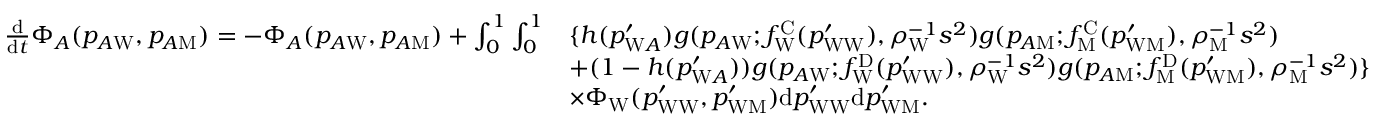
\begin{array} { r l } { \frac { \mathrm { d } } { \mathrm { d } t } \Phi _ { A } ( p _ { A \mathrm { W } } , p _ { A \mathrm { M } } ) = - \Phi _ { A } ( p _ { A \mathrm { W } } , p _ { A \mathrm { M } } ) + \int _ { 0 } ^ { 1 } \int _ { 0 } ^ { 1 } } & { \{ h ( p _ { \mathrm { W } A } ^ { \prime } ) g ( p _ { A \mathrm { W } } ; f _ { \mathrm { W } } ^ { \mathrm { C } } ( p _ { \mathrm { W W } } ^ { \prime } ) , \rho _ { \mathrm { W } } ^ { - 1 } s ^ { 2 } ) g ( p _ { A \mathrm { M } } ; f _ { \mathrm { M } } ^ { \mathrm { C } } ( p _ { \mathrm { W M } } ^ { \prime } ) , \rho _ { \mathrm { M } } ^ { - 1 } s ^ { 2 } ) } \\ & { + ( 1 - h ( p _ { \mathrm { W } A } ^ { \prime } ) ) g ( p _ { A \mathrm { W } } ; f _ { \mathrm { W } } ^ { \mathrm { D } } ( p _ { \mathrm { W W } } ^ { \prime } ) , \rho _ { \mathrm { W } } ^ { - 1 } s ^ { 2 } ) g ( p _ { A \mathrm { M } } ; f _ { \mathrm { M } } ^ { \mathrm { D } } ( p _ { \mathrm { W M } } ^ { \prime } ) , \rho _ { \mathrm { M } } ^ { - 1 } s ^ { 2 } ) \} } \\ & { \times \Phi _ { \mathrm { W } } ( p _ { \mathrm { W W } } ^ { \prime } , p _ { \mathrm { W M } } ^ { \prime } ) \mathrm { d } p _ { \mathrm { W W } } ^ { \prime } \mathrm { d } p _ { \mathrm { W M } } ^ { \prime } . } \end{array}